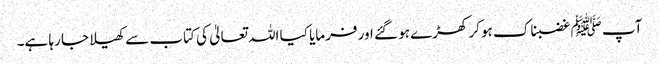
آپ ﷺ غضبناک ہو کر کھڑے ہو گئے اور فرمایا کیا اللہ تعالیٰ کی کتاب سے کھیلا جا رہا ہے۔